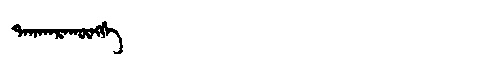
Manchu: ᡨᠠᡴᠠᠨᠠᡵᠠᡴᡡᠩᡤᡝ
Romanization: TAKANARAKŪNGGE